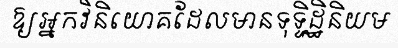
ឱ្យអ្នកវិនិយោគដែលមានទុទ្ទិដ្ឋិនិយម